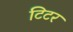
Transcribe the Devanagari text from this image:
टिटर